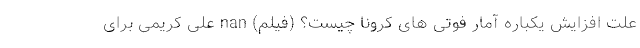
علت افزایش یکباره آمار فوتی های کرونا چیست؟ (فیلم) nan علی کریمی برای